Annual administration report of the Civil Veterinary Department of India - 1905-1906
Year: 1905
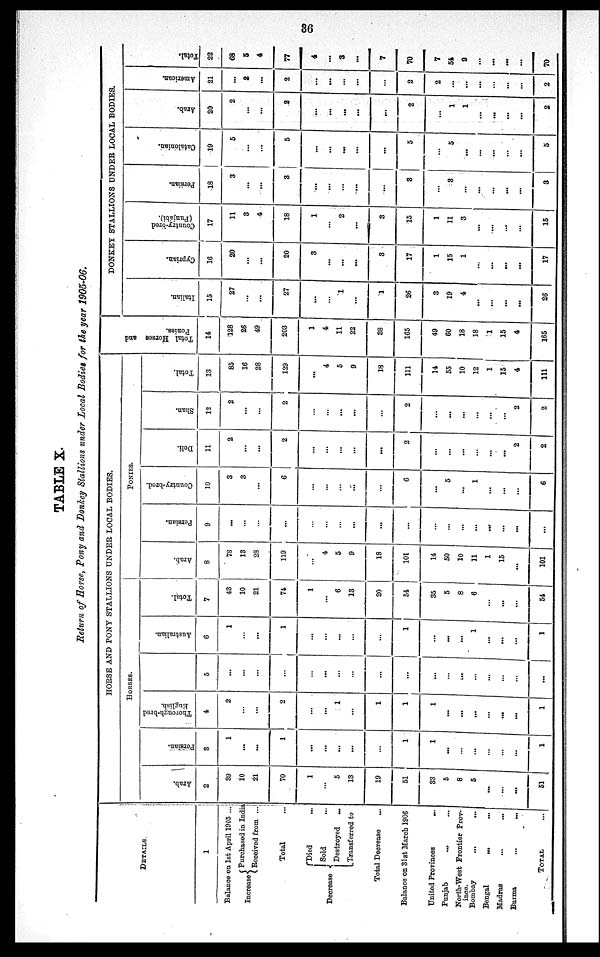
36
TABLE X.
Return of Horse, Pony and Donkey Stallions under Local Bodies for the year 1905-06.
DETAILS
1
Balance on 1st April 1905 ...
Increase
Purchased in India
Received from ...
Total ...
Decrease
Died ...
Sold ...
Destroyed
...
Transferred to
Total Decrease ...
Balance on 31st March 1906
United Provinces
...
Punjab ... ...
North-West Frontier Prov-
ince.
Bombay
...
...
Bengal
...
...
Madras ... ...
Burma
...
...
TOTAL ...
HORSE AND PONY STALLIONS UNDER LOCAL BODIES.
HORSES.
Arab.
2
39
10
21
70
1
...
5
13
19
51
33
5
8
5
...
...
...
51
Persian.
3
1
...
1
...
...
...
...
1
1
...
...
...
...
...
...
1
Thorough-bred
English.
4
2
...
2
...
...
1
...
1
1
1
...
...
...
...
...
1
5
...
...
...
...
...
...
...
...
...
...
...
...
...
...
...
...
Australian.
6
1
...
1
...
...
...
...
...
1
...
...
...
1
...
...
...
1
Total.
7
43
10
21
74
1
...
6
13
20
54
35
5
8
6
...
...
...
54
PONIES.
Arab.
8
78
13
28
119
...
4
5
9
18
101
14
50
10
11
1
15
...
101
Persian.
9
...
...
...
...
...
...
...
...
...
...
...
...
...
...
...
...
...
Country-bred.
10
3
3
...
6
...
...
...
...
...
6
...
5
...
1
...
...
...
6
Deli.
11
2
...
...
2
...
...
...
...
...
2
...
...
...
...
...
...
2
2
Shan.
12
2
...
...
2
...
...
...
...
...
2
...
...
...
...
...
...
2
2
Total.
13
85
16
28
129
...
4
5
9
13
111
14
55
10
12
1
15
4
111
Tot al Hor s es and
Poni es .
14
128
26
49
203
1
4
11
22
38
165
49
60
18
18
1
15
4
165
DONKEY STALLIONS UNDER LOCAL BODIES.
I t al i an.
15
27
...
...
27
...
...
1
...
1
26
3
19
4
...
...
...
...
26
Cypr i
an.
16
20
...
...
20
3
...
...
...
3
17
1
15
1
...
...
...
...
17
Count r
y- br e d
( Punj abi ) .
17
11
3
4
18
1
...
2
...
3
15
1
11
3
...
...
...
...
15
Per s i
an.
18
3
...
...
3
...
...
...
...
...
3
3
...
...
...
...
...
3
Cat al oni an.
19
5
...
...
5
...
...
...
...
...
5
...
5
...
...
...
...
...
5
Ar ab.
20
2
...
...
2
...
...
...
...
...
2
...
1
1
...
...
...
...
2
Ame r
i
c a n.
21
...
2
...
2
...
...
...
...
...
2
2
...
...
...
...
...
2
Tot al .
22
68
5
4
77
4
...
3
...
7
70
7
54
9
...
...
...
...
70